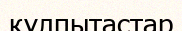
құлпытастар